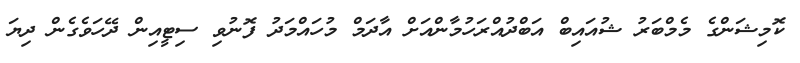
ކޮމިޝަންގެ މެމްބަރު ޝުއައިބް އަބްދުއްރަހުމާންއަށް އާދަމް މުހައްމަދު ފޮނުވި ސިޓީއިން ދޭހަވެގެން ދިޔަ